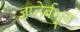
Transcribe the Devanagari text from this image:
ज्ञप्तेर्बभूव